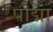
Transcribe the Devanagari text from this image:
पोद्मा